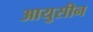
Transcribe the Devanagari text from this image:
आयुसीन